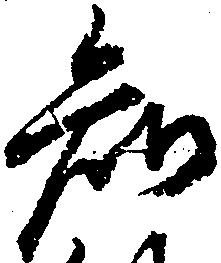
知